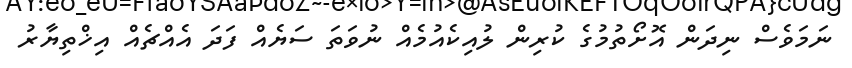
ނަމަވެސް ނިދަން އޮށޯތުމުގެ ކުރިން ލުއިކެއުމެއް ނުވަތަ ސަޔެއް ފަދަ އެއްޗެއް އިޚްތިޔާރު